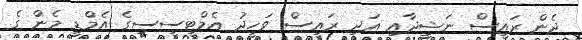
ދެން ރައީސް ނަޝީދާއި އަދި ރައީސް ވަހީދު އެމްޓީސީސީގެ އެމްޑީ މެން ގެ